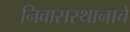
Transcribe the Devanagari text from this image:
निवासस्थानाचे